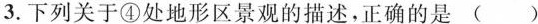
3.下列关于④处地形区景观的描述，正确的是 ( )